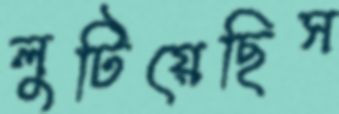
লুটিয়েছিস